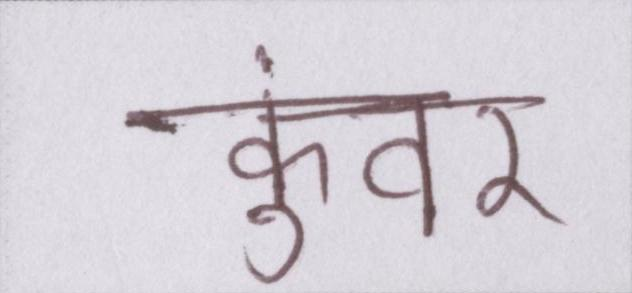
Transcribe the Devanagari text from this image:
कुंवर